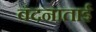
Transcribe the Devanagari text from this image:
वंदनाताई